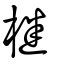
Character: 檵